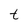
Character: t